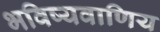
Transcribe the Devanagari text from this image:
भविष्यवाणिय